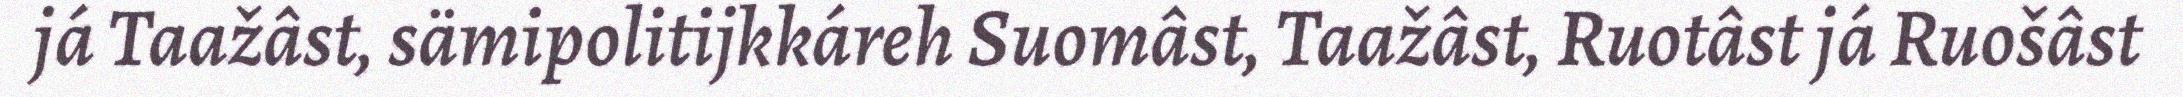
já Taažâst, sämipolitijkkáreh Suomâst, Taažâst, Ruotâst já Ruošâst